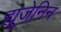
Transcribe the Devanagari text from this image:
ह्यूजेनिन